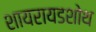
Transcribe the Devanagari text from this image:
शायरायडशोथ